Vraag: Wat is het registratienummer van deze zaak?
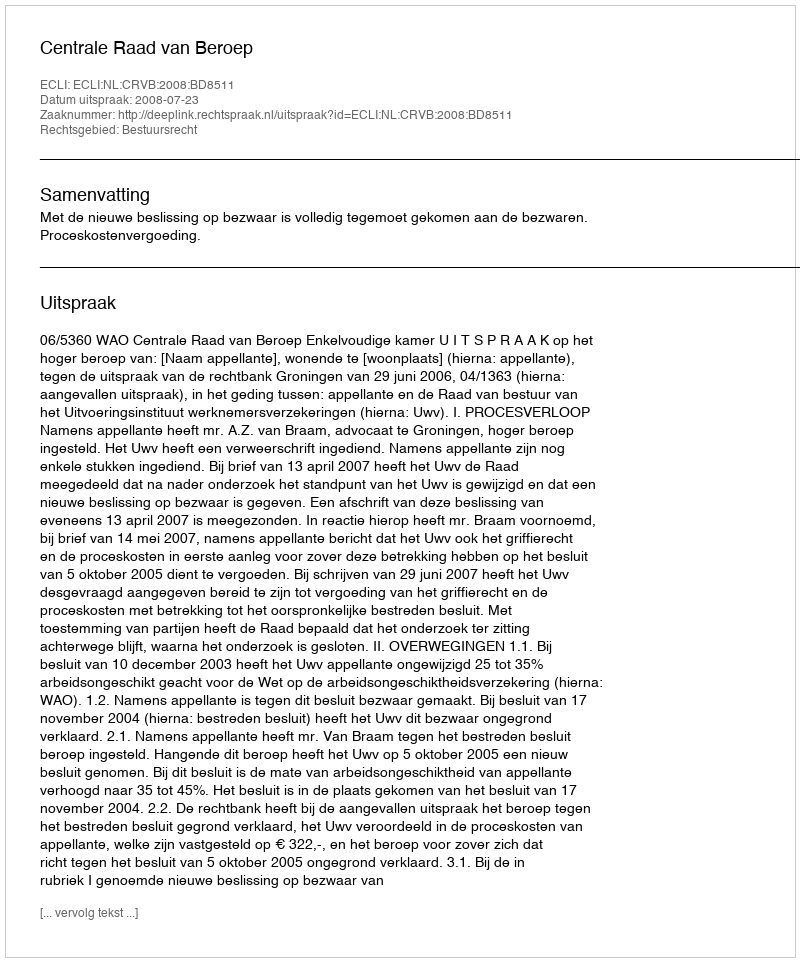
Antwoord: http://deeplink.rechtspraak.nl/uitspraak?id=ECLI:NL:CRVB:2008:BD8511